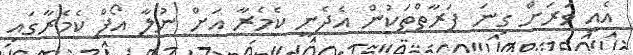
އެއީ ވަރަށް ގިނަ ފަރާތްތަކުން އެދެނީ ކެމެރާ އަށް ނުލާ އޯފް ކެމެރާގައި